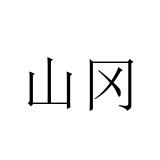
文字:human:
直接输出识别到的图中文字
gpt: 山冈